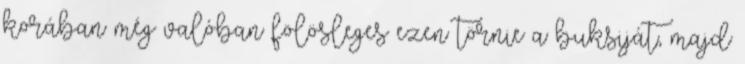
korában még valóban fölösleges ezen törnie a buksiját, majd